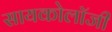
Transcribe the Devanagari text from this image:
सायकोलॉजी